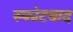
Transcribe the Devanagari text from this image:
स्फोटबाद